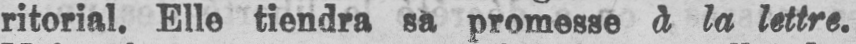
ritorial. Elle tiendra sa promesse à la lettre.